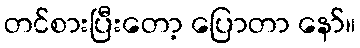
တင်စားပြီးတော့ ပြောတာ နော်။